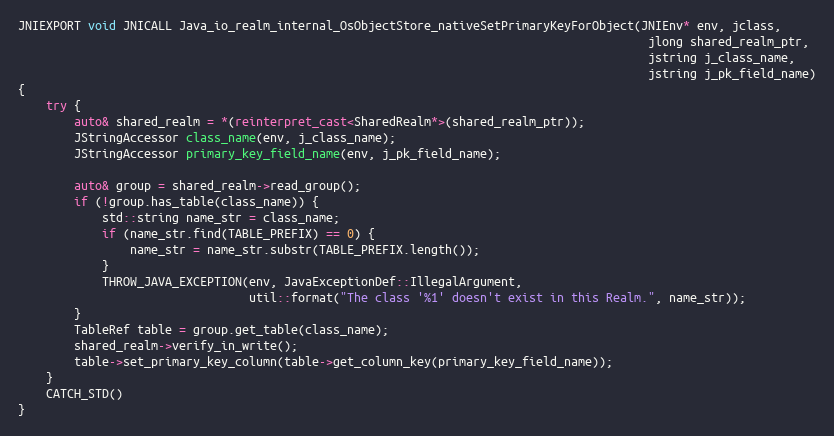
Language: C++
JNIEXPORT void JNICALL Java_io_realm_internal_OsObjectStore_nativeSetPrimaryKeyForObject(JNIEnv* env, jclass,
                                                                                          jlong shared_realm_ptr,
                                                                                          jstring j_class_name,
                                                                                          jstring j_pk_field_name)
{
    try {
        auto& shared_realm = *(reinterpret_cast<SharedRealm*>(shared_realm_ptr));
        JStringAccessor class_name(env, j_class_name);
        JStringAccessor primary_key_field_name(env, j_pk_field_name);

        auto& group = shared_realm->read_group();
        if (!group.has_table(class_name)) {
            std::string name_str = class_name;
            if (name_str.find(TABLE_PREFIX) == 0) {
                name_str = name_str.substr(TABLE_PREFIX.length());
            }
            THROW_JAVA_EXCEPTION(env, JavaExceptionDef::IllegalArgument,
                                 util::format("The class '%1' doesn't exist in this Realm.", name_str));
        }
        TableRef table = group.get_table(class_name);
        shared_realm->verify_in_write();
        table->set_primary_key_column(table->get_column_key(primary_key_field_name));
    }
    CATCH_STD()
}